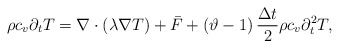
\begin{align*}\rho {c_v}{\partial _{{t}}}T = \nabla \cdot \left( {\lambda \nabla T} \right) + {\bar F} + \left( { \vartheta -1 } \right)\frac{{\Delta t}}{2}\rho {c_v}\partial _{{t}}^2T ,\end{align*}